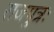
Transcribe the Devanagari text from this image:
राजपुत्रः